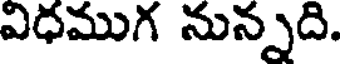
విధముగ నున్నది.